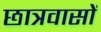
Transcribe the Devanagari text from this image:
छात्रवासों